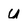
Character: u